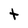
Character: t